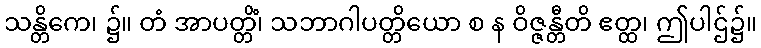
သန္တိကေ၊ ၌။ တံ အာပတ္တိံ၊ သဘာဂါပတ္တိယော စ န ဝိဇ္ဇန္တီတိ ဧတ္ထ၊ ဤပါဌ်၌။